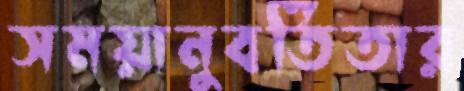
সময়ানুবর্তিতার